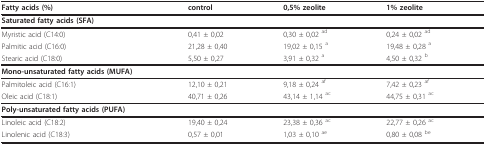
<table><thead><tr><td><b>Fatty acids (%)</b></td><td><b>control</b></td><td><b>0,5% zeolite</b></td><td><b>1% zeolite</b></td></tr></thead><tbody><tr><td><b>Saturated fatty acids (SFA)</b></td><td></td><td></td><td></td></tr><tr><td>Myristic acid (C14:0)</td><td>0,41 ± 0,02</td><td>0,30 ± 0,02 <sup>ad</sup></td><td>0,24 ± 0,02 <sup>ad</sup></td></tr><tr><td>Palmitic acid (C16:0)</td><td>21,28 ± 0,40</td><td>19,02 ± 0,15 <sup>a</sup></td><td>19,48 ± 0,28 <sup>a</sup></td></tr><tr><td>Stearic acid (C18:0)</td><td>5,50 ± 0,27</td><td>3,91 ± 0,32 <sup>a</sup></td><td>4,50 ± 0,32 <sup>b</sup></td></tr><tr><td><b>Mono-unsaturated fatty acids (MUFA)</b></td><td></td><td></td><td></td></tr><tr><td>Palmitoleic acid (C16:1)</td><td>12,10 ± 0,21</td><td>9,18 ± 0,24 <sup>af</sup></td><td>7,42 ± 0,23 <sup>af</sup></td></tr><tr><td>Oleic acid (C18:1)</td><td>40,71 ± 0,26</td><td>43,14 ± 1,14 <sup>ac</sup></td><td>44,75 ± 0,31 <sup>ac</sup></td></tr><tr><td><b>Poly-unsaturated fatty acids (PUFA)</b></td><td></td><td></td><td></td></tr><tr><td>Linoleic acid (C18:2)</td><td>19,40 ± 0,24</td><td>23,38 ± 0,36 <sup>ac</sup></td><td>22,77 ± 0,26 <sup>ac</sup></td></tr><tr><td>Linolenic acid (C18:3)</td><td>0,57 ± 0,01</td><td>1,03 ± 0,10 <sup>ae</sup></td><td>0,80 ± 0,08 <sup>be</sup></td></tr></tbody></table>